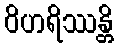
ဝိဟရိဿန္တိ